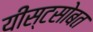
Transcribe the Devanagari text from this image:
यीस्टसोबत